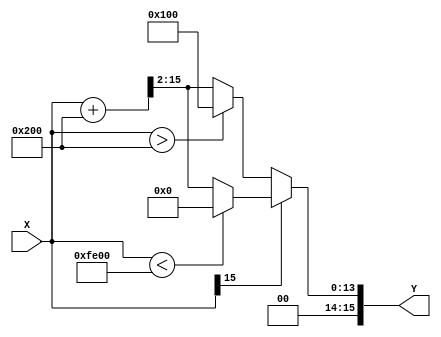
module sigmoid(X,Y);
	parameter DATA_WIDTH = 16;
	parameter FRACT_WIDTH = 8;
	
	input signed [DATA_WIDTH-1:0] X;
	output wire [DATA_WIDTH-1:0] Y;
	
	wire signed [DATA_WIDTH-1:0] s1;
	assign s1 = X+16'h0200; // y = x + 2;
	
	assign Y = (X[DATA_WIDTH-1]) ? (
		// negative
		(X < -16'h0200)? 16'h0000 : (s1>>>2) )  // y = 1/4(x+2) = 1/4x+1/2
		// positive
		: ( (X>16'h0200) ? 16'h0100: (s1>>>2) );


endmodule